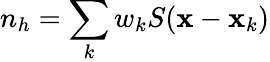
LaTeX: n_{h}=\sum_{k}w_{k}S({\mathbf x}-{\mathbf x}_{k})